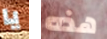
يا هذه